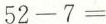
$$5 2 - 7 =$$